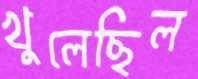
খুলেছিল